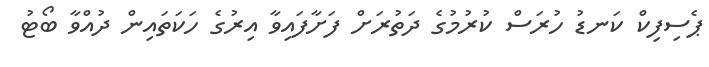
ޕެސިފިކް ކަނޑު ހުރަސް ކުރުމުގެ ދަތުރަށް ފަށާފައިވާ އިރުގެ ހަކަތައިން ދުއްވާ ބޯޓު